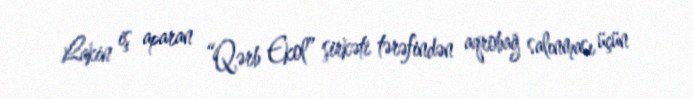
Lakin iş aparan “Qərb Ekol” şirkəti tərəfindən aqrobağ salınması üçün